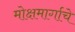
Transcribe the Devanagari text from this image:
मोक्षमार्गाचे